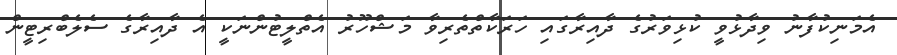
އެމަނިކުފާނު ވިދާޅުވީ ކުޅިވަރުގެ ދާއިރާގައި ހަރަކާތްތެރިވާ މަޝްހޫރު އެތްލީޓުންނަކީ އެ ދާއިރާގެ ސެލެބްރިޓީން